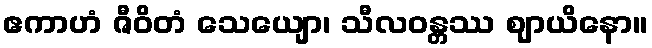
ဧကာဟံ ဇီဝိတံ သေယျော၊ သီလဝန္တဿ ဈာယိနော။